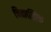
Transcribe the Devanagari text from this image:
चिकालिक